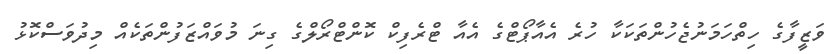
ވަޒީފާގެ ހިތްހަމަނުޖެހުންތަކަކާ ހުރެ އެއާޕޯޓްގެ އެއާ ޓްރެފިކް ކޮންޓްރޯލްގެ ގިނަ މުވައްޒަފުންތަކެއް މިދުވަސްކޮޅު